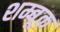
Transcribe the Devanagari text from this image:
शम्बूक